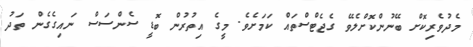
މެދުވެރިކޮށް ބޭނުންކޮށްލެވޭ ގެޖެޓްސްތައް ކަމަށެވެ. މީގެ އިތުރުން ބޮޑީ ސެންސަސް ނައިގެގެން ތަދު